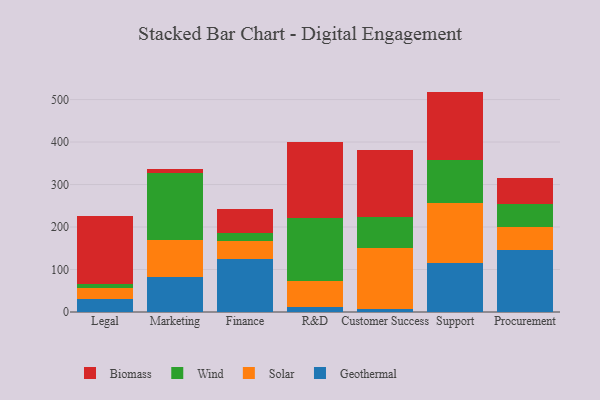
{"axis": {"x": "Department", "y": "Humidity (%)"}, "legend": ["Biomass", "Geothermal", "Solar", "Wind"], "data": [{"x": "Legal", "y": 31.3, "type": "Geothermal"}, {"x": "Legal", "y": 24.5, "type": "Solar"}, {"x": "Legal", "y": 9.3, "type": "Wind"}, {"x": "Legal", "y": 160.9, "type": "Biomass"}, {"x": "Marketing", "y": 83.4, "type": "Geothermal"}, {"x": "Marketing", "y": 87.0, "type": "Solar"}, {"x": "Marketing", "y": 155.6, "type": "Wind"}, {"x": "Marketing", "y": 10.8, "type": "Biomass"}, {"x": "Finance", "y": 125.2, "type": "Geothermal"}, {"x": "Finance", "y": 40.8, "type": "Solar"}, {"x": "Finance", "y": 20.0, "type": "Wind"}, {"x": "Finance", "y": 56.0, "type": "Biomass"}, {"x": "R&D", "y": 12.1, "type": "Geothermal"}, {"x": "R&D", "y": 61.5, "type": "Solar"}, {"x": "R&D", "y": 148.4, "type": "Wind"}, {"x": "R&D", "y": 177.7, "type": "Biomass"}, {"x": "Customer Success", "y": 7.3, "type": "Geothermal"}, {"x": "Customer Success", "y": 144.5, "type": "Solar"}, {"x": "Customer Success", "y": 71.0, "type": "Wind"}, {"x": "Customer Success", "y": 159.3, "type": "Biomass"}, {"x": "Support", "y": 116.2, "type": "Geothermal"}, {"x": "Support", "y": 139.4, "type": "Solar"}, {"x": "Support", "y": 101.4, "type": "Wind"}, {"x": "Support", "y": 161.7, "type": "Biomass"}, {"x": "Procurement", "y": 145.8, "type": "Geothermal"}, {"x": "Procurement", "y": 54.6, "type": "Solar"}, {"x": "Procurement", "y": 54.1, "type": "Wind"}, {"x": "Procurement", "y": 61.6, "type": "Biomass"}]}